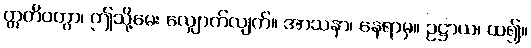
ဣတိဝတွာ၊ ဤသို့မေး လျှောက်လျက်။ အာသနာ၊ နေရာမှ။ ဥဋ္ဌာယ၊ ထ၍။